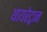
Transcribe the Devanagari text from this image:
थायरेट्रान